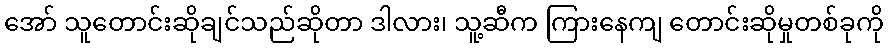
အော် သူတောင်းဆိုချင်သည်ဆိုတာ ဒါလား၊ သူ့ဆီက ကြားနေကျ တောင်းဆိုမှုတစ်ခုကို